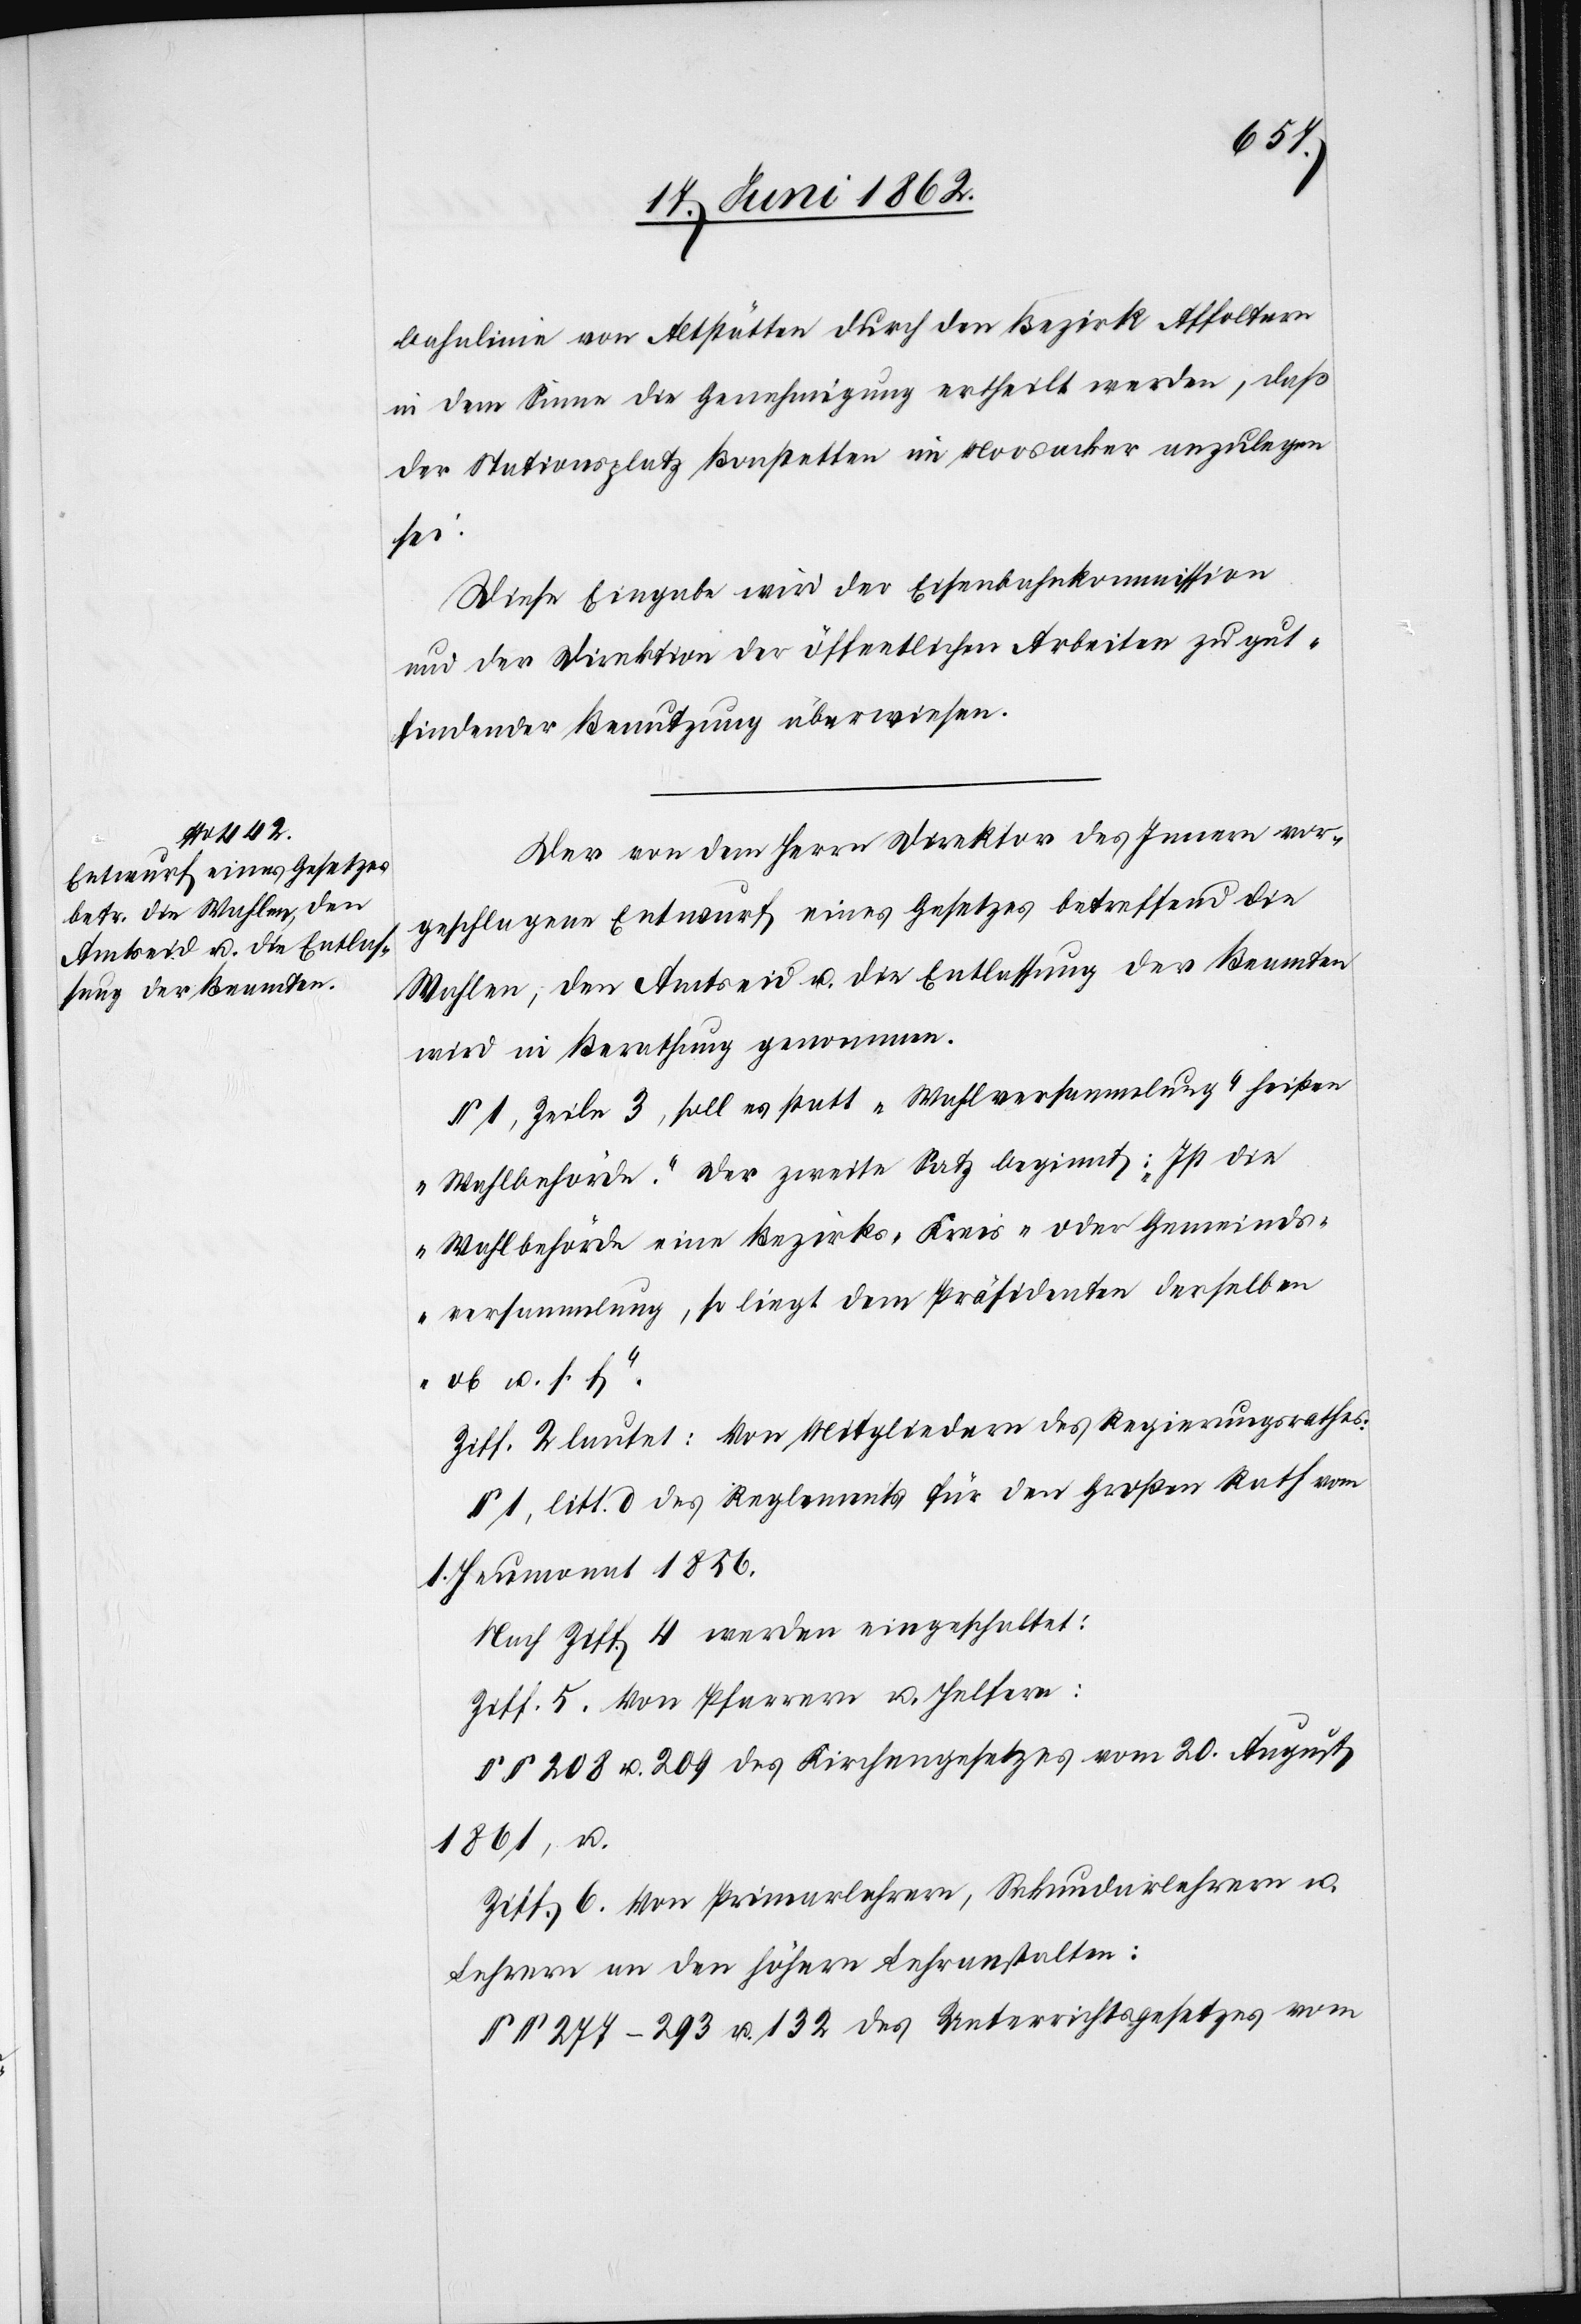
bahnlinie von Altstätten durch den Bezirk Affoltern
in dem Sinne die Genehmigung ertheilt werden, daß
der Stationsplatz Bonstetten im Moosacker anzulegen
sei.
Diese Eingabe wird der Eisenbahnkommission
und der Direktion der öffentlichen Arbeiten zu gut¬
findender Benutzung überwiesen.
Der von dem Herrn Direktor des Innern vor¬
geschlagene Entwurf eines Gesetzes betreffend die
Wahlen, den Amtseid u. die Entlassung der Beamten
wird in Berathung genommen.
§ 1, Zeile 3, soll es statt „Wahlversammlung“ heißen
„Wahlbehörde“. Der zweite Satz beginnt: „Ist die
Wahlbehörde eine Bezirks- Kreis- oder Gemeinds¬
versammlung, so liegt dem Präsidenten derselben
ob u. s. f.“
Ziff. 2 lautet: Von Mitgliedern des Regierungsrathes:
§ 1, litt. d des Reglements für den Großen Rath vom
1. Heumonat 1856.
Nach Ziff. 4 werden eingeschaltet:
Ziff. 5. Von Pfarrern u. Helfern:
§§ 208 u. 209 des Kirchengesetzes vom 20. August
1861, u.
Ziff. 6. Von Primarlehrern, Sekundarlehrern u.
Lehrern an den höhern Lehranstalten:
§§ 277–293 u. 132 des Unterrichtsgesetzes vom